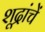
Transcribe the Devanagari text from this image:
शूद्रांचें